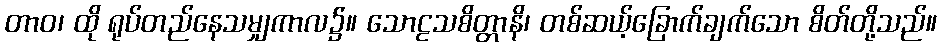
တာဝ၊ ထို ရုပ်တည်နေသမျှကာလ၌။ သောဠသစိတ္တာနိ၊ တစ်ဆယ့်ခြောက်ချက်သော စိတ်တို့သည်။